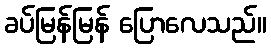
ခပ်မြန်မြန် ပြောလေသည်။